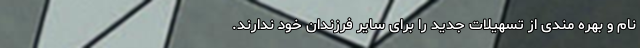
نام و بهره مندی از تسهیلات جدید را برای سایر فرزندان خود ندارند.